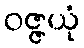
ဝဇ္ဇယုံ